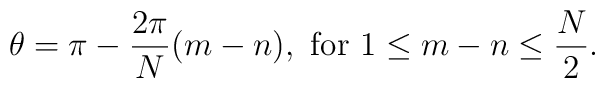
\theta = \pi - \frac{2 \pi}{N}(m - n), \ \mbox{for} \ 1 \leq m-n \leq \frac{N}{2}.